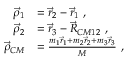
\begin{array} { r l } { \vec { \rho } _ { 1 } } & { = \vec { r } _ { 2 } - \vec { r } _ { 1 } ~ , } \\ { \vec { \rho } _ { 2 } } & { = \vec { r } _ { 3 } - \vec { R } _ { C M 1 2 } ~ , } \\ { \vec { \rho } _ { C M } } & { = \frac { m _ { 1 } \vec { r } _ { 1 } + m _ { 2 } \vec { r } _ { 2 } + m _ { 3 } \vec { r } _ { 3 } } { M } ~ , } \end{array}